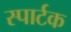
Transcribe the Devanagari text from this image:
स्पार्टक